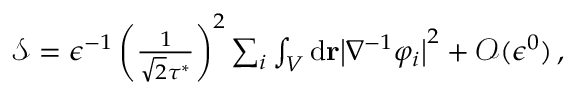
\begin{array} { r } { \mathcal { S } = \epsilon ^ { - 1 } \left( \frac { 1 } { \sqrt { 2 } \tau ^ { * } } \right) ^ { 2 } \sum _ { i } \int _ { V } \mathrm { d } \mathbf { r } \big \vert \nabla ^ { - 1 } \varphi _ { i } \big \vert ^ { 2 } + \mathcal { O } ( \epsilon ^ { 0 } ) \, , } \end{array}